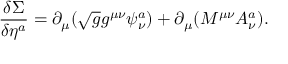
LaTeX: \frac { \delta \Sigma } { \delta \eta ^ { a } } = \partial _ { \mu } ( \sqrt { g } g ^ { \mu \nu } \psi _ { \nu } ^ { a } ) + \partial _ { \mu } ( M ^ { \mu \nu } A _ { \nu } ^ { a } ) .